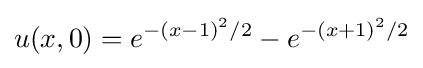
u(x,0)=e^{-(x-1)^{2}/2}-e^{-(x+1)^{2}/2}